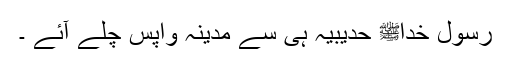
رسول خداﷺ حدیبیہ ہی سے مدینہ واپس چلے آئے ۔